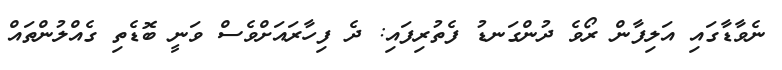
ނެވާޑާގައި އަލިފާން ރޯވެ ދުންގަނޑު ފެތުރިފައި: ދެ ފިހާރައަށްވެސް ވަނީ ބޮޑެތި ގެއްލުންތައް